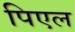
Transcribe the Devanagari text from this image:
पिएल